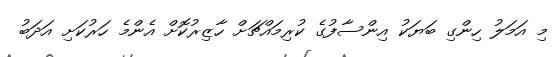
މި އަމަލު ހިންގި ބަޔަކު އިންސާފުގެ ކުރިމައްޗަށް ހާޒިރުކޮށް އެންމެ ހަރުކަށި އަދަބު